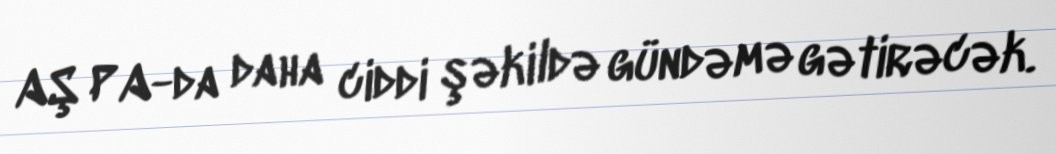
AŞ PA-da daha ciddi şəkildə gündəmə gətirəcək.